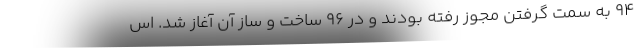
۹۴ به سمت گرفتن مجوز رفته بودند و در ۹۶ ساخت و ساز آن آغاز شد. اس